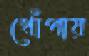
খোঁপায়